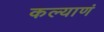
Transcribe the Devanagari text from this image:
कल्याणं